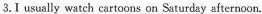
3. I usually watch cartoons \underline{on Saturday afternoon.}